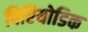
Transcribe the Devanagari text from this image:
पिरियोडिक